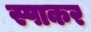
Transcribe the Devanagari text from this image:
स्पाकर